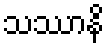
သဿာနိ